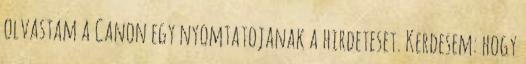
olvastam a Canon egy nyomtatojanak a hirdeteset. Kerdesem: hogy